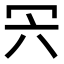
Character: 𠕼